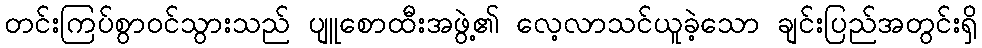
တင်းကြပ်စွာဝင်သွားသည် ပျူစောထီးအဖွဲ့၏ လေ့လာသင်ယူခဲ့သော ချင်းပြည်အတွင်းရှိ